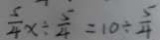
\frac { 5 } { 4 } x \div \frac { 5 } { 4 } = 1 0 \div \frac { 5 } { 4 }